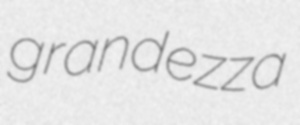
grandezza